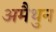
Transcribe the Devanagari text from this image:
अमैथुन